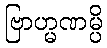
ဗြာဟ္မဏမ္ပိ